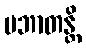
ပဘာတန္တိ